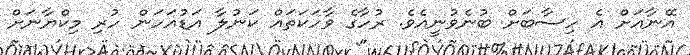
އޭނާއަށް އެ ހިސާބަށް ބުނެވުނީއެވެ. ރުހާގެ ވާހަކަތައް ކަނުލާ އަޑުއަހަން ހުރި މިކްޔާނަށް